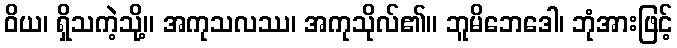
ဝိယ၊ ရှိသကဲ့သို့။ အကုသလဿ၊ အကုသိုလ်၏။ ဘူမိဘေဒေါ၊ ဘုံအားဖြင့်